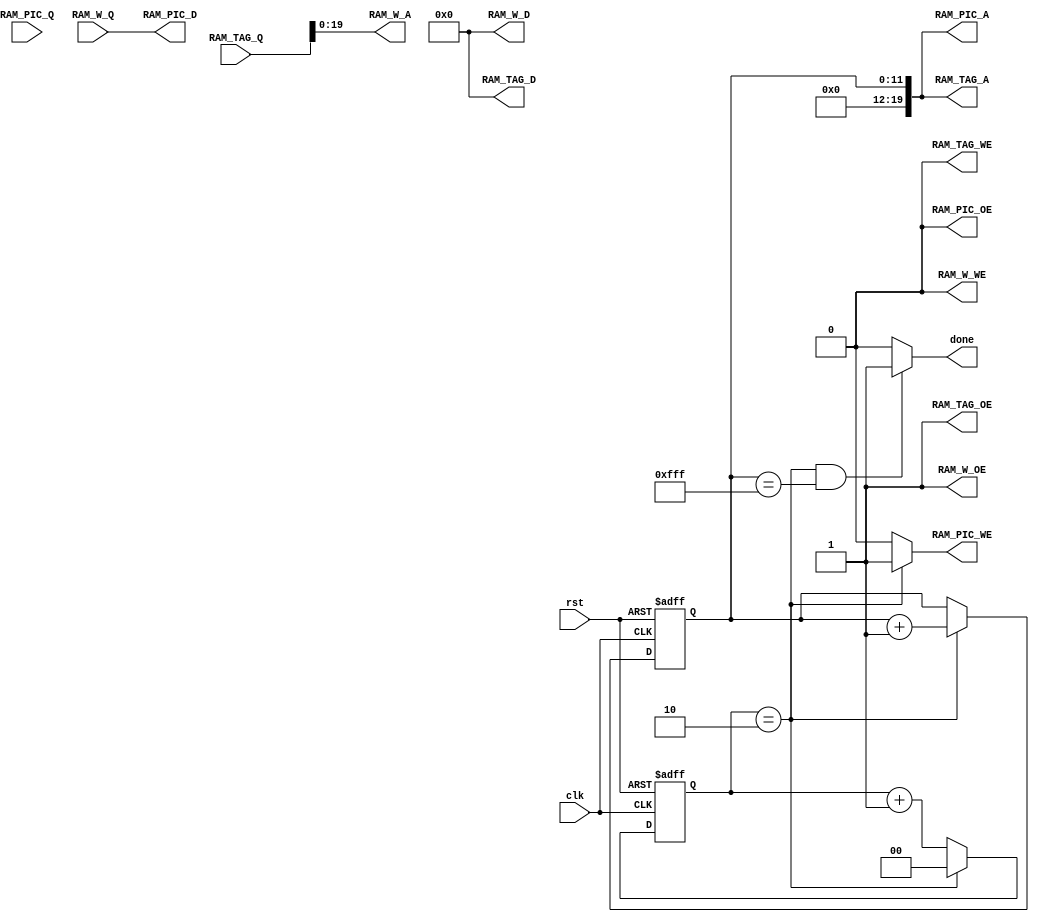

module top(
	input clk,
	input rst,
	//RAM codebook
	input [23:0] RAM_W_Q,
	output [23:0] RAM_W_D,
	output [19:0] RAM_W_A,
	output  RAM_W_WE,
	output RAM_W_OE,
	//RAM TAG
	input [23:0] RAM_TAG_Q,
	output [23:0] RAM_TAG_D,
	output [19:0] RAM_TAG_A,
	output RAM_TAG_WE,
	output RAM_TAG_OE,
	//RAM Result picture
	input [23:0] RAM_PIC_Q,
	output [23:0] RAM_PIC_D,
	output [19:0] RAM_PIC_A,
	output RAM_PIC_WE,
	output RAM_PIC_OE,
	//controller
	output done
);

reg [1:0] wait_counter;
reg [11:0] pixel_counter;

assign 	RAM_W_WE=1'b0;
assign  RAM_W_OE=1'b1;
assign  RAM_W_D=24'd0;
assign  RAM_W_A=RAM_TAG_Q[19:0];
assign  RAM_TAG_WE=1'b0;
assign  RAM_TAG_OE=1'b1;
assign  RAM_TAG_D=24'd0;
assign  RAM_TAG_A={8'd0,pixel_counter};
assign  RAM_PIC_WE=(wait_counter==2'd2)?1'b1:1'b0;
assign  RAM_PIC_OE=1'b0;
assign  RAM_PIC_D=RAM_W_Q;
assign  RAM_PIC_A={8'd0,pixel_counter};
assign  done=(wait_counter==2'd2 && pixel_counter==12'd4095)?1'b1:1'b0;

always@(posedge clk or posedge rst)
	if(rst)
		wait_counter<=2'd0;
	else if(wait_counter==2'd2)
		wait_counter<=2'd0;
	else
		wait_counter<=wait_counter+2'd1;

always@(posedge clk or posedge rst)
	if(rst)
		pixel_counter<=12'd0;
	else if(wait_counter==2'd2)
		pixel_counter<=pixel_counter+12'd1;
	else
		pixel_counter<=pixel_counter;
	
endmodule